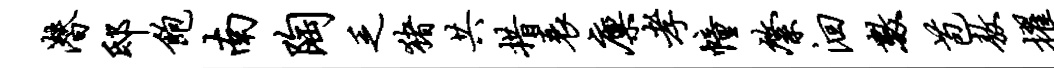
潜邸饱南陶乏猪共措衰廪孝幢綮洄数苞敖擢